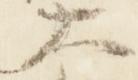
大